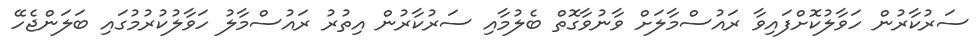
ސަރުކާރުން ހަވާލުކޮށްފައިވާ ރައުސްމާލަށް ވާނުވާގޮތް ބެލުމާއި ސަރުކާރުން އިތުރު ރައުސްމާލު ހަވާލުކުރުމުގައި ބަލަންޖެހޭ